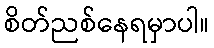
စိတ်ညစ်နေရမှာပါ။